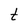
Character: t